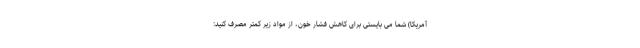
آمریکا) شما می بایستی برای کاهش فشار خون، از مواد زیر کمتر مصرف کنید: